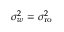
\sigma _ { w } ^ { 2 } = \sigma _ { \mathrm { r o } } ^ { 2 }